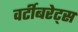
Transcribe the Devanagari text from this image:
वर्टीबरेट्स